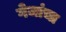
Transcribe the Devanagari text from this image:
गेजांचा